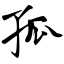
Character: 孤